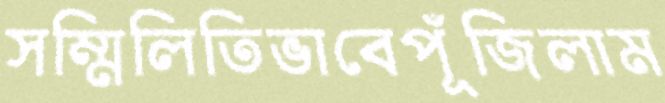
সম্মিলিতিভাবেপূঁজিলাম